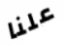
علنا